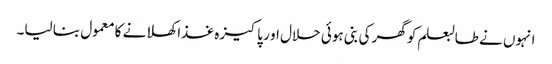
انہوں نے طالبعلم کوگھر کی بنی ہوئی حلال او ر پاکیزہ غذا کھلانے کا معمول بنا لیا۔